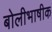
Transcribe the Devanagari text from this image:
बोलीभाषीक